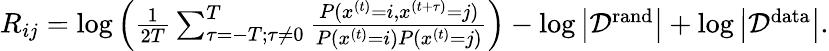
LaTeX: \begin{array}{r}{R_{ij}=\log\left(\frac{1}{2T}\sum_{\tau=-T;\tau\neq 0}^{T}\frac{P(x^{(t)}=i,x^{(t+\tau)}=j)}{P(x^{(t)}=i)P(x^{(t)}=j)}\right)-\log\left|{\cal D}^{\mathrm{rand}}\right|+\log\left|{\cal D}^{\mathrm{data}}\right|.}\end{array}